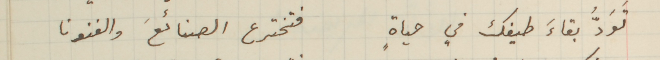
تَوَدَُ بقاءَ طيفك في حياةٍ فتخترع الصنائعَ والفنونا